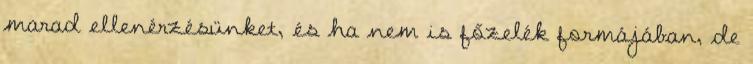
marad ellenérzésünket, és ha nem is főzelék formájában, de